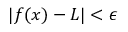
| f ( x ) - L | < \epsilon